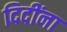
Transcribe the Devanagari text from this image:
दिदींना